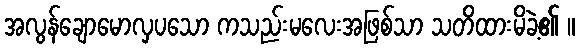
အလွန်ချောမောလှပသော ကသည်းမလေးအဖြစ်သာ သတိထားမိခဲ့၏ ။